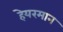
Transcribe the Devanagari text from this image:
हेयरमान